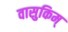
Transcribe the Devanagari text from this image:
वासुकिम्